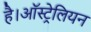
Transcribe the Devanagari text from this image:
है।ऑस्ट्रेलियन